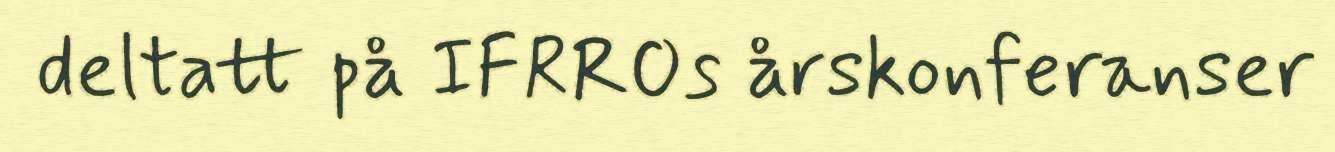
deltatt på IFRROs årskonferanser